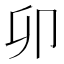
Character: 卯